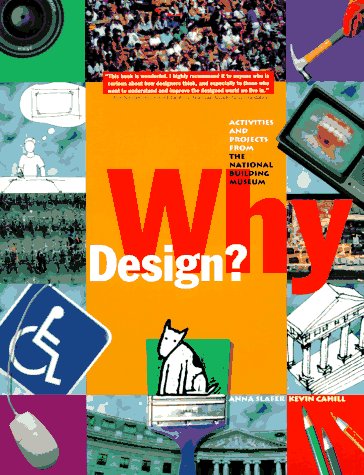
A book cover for Why Design?: Projects from the National Building Museum; Anna Slafer; Teen & Young Adult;